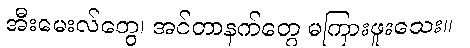
အီးမေးလ်တွေ၊ အင်တာနက်တွေ မကြားဖူးသေး။